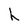
Character: h